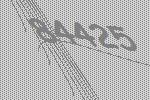
84425